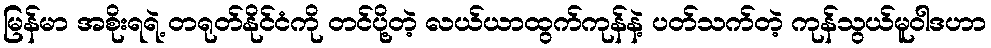
မြန်မာ အစိုးရရဲ့ တရုတ်နိုင်ငံကို တင်ပို့တဲ့ လယ်ယာထွက်ကုန်နဲ့ ပတ်သက်တဲ့ ကုန်သွယ်မူဝါဒဟာ